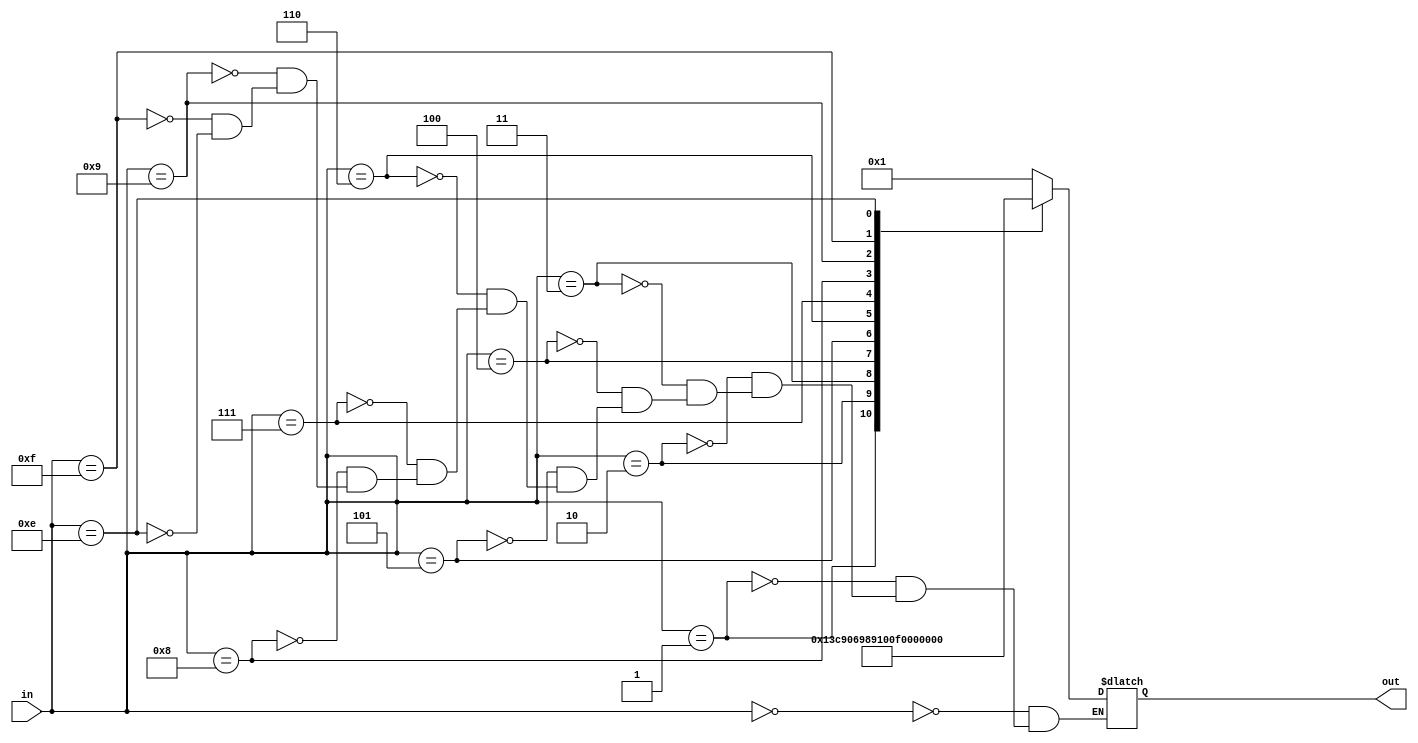
`timescale 1ns / 1ps
//////////////////////////////////////////////////////////////////////////////////
// Company: 
// Engineer: 
// 
// Design Name: 
// Module Name: SSD_2
// Project Name: 
// Target Devices: 
// Tool Versions: 
// Description: 
// 
// Dependencies: 
// 
// Revision:
// Revision 0.01 - File Created
// Additional Comments:
// 
//////////////////////////////////////////////////////////////////////////////////


module SSD_2(in,out);
input [3:0] in;
output [6:0] out;
reg [6:0] out;
always@(in) begin
case (in)
              4'b0000: out<=7'b0000001;     //0
              4'b0001: out<=7'b1001111;     //1                       
              4'b0010: out<=7'b0010010;    //2                           
              4'b0011: out<=7'b0000110;    // 3                         
              4'b0100: out<=7'b1001100;    //4                           
              4'b0101: out<=7'b0100100;    //5                                                    
              4'b0110: out<=7'b0100000;    //6                          
              4'b0111: out<=7'b0001111;     //7                          
              4'b1000: out<=7'b0000000;     //8                         
              4'b1001: out<=7'b0000100;      //9 
              4'b1111: out<=7'b1111111;   
              4'b1110: out<=7'b1111110;  
endcase
end
endmodule